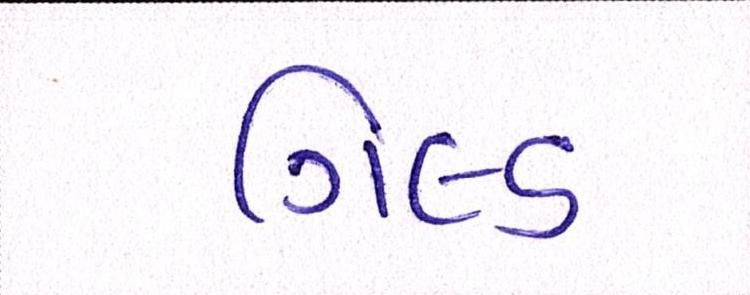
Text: ગિલ્ડ